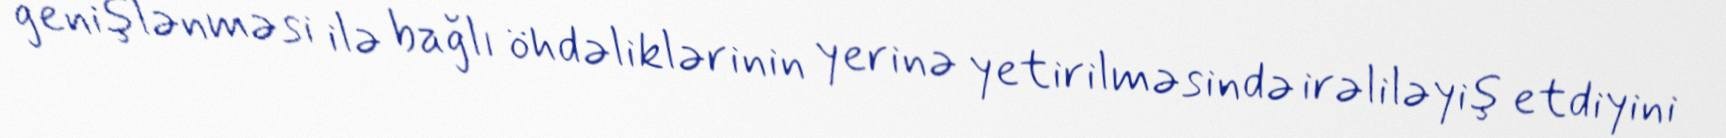
genişlənməsi ilə bağlı öhdəliklərinin yerinə yetirilməsində irəliləyiş etdiyini